Lunatic asylums Madras 1892-1911 - 1892-1911
Year: 1892
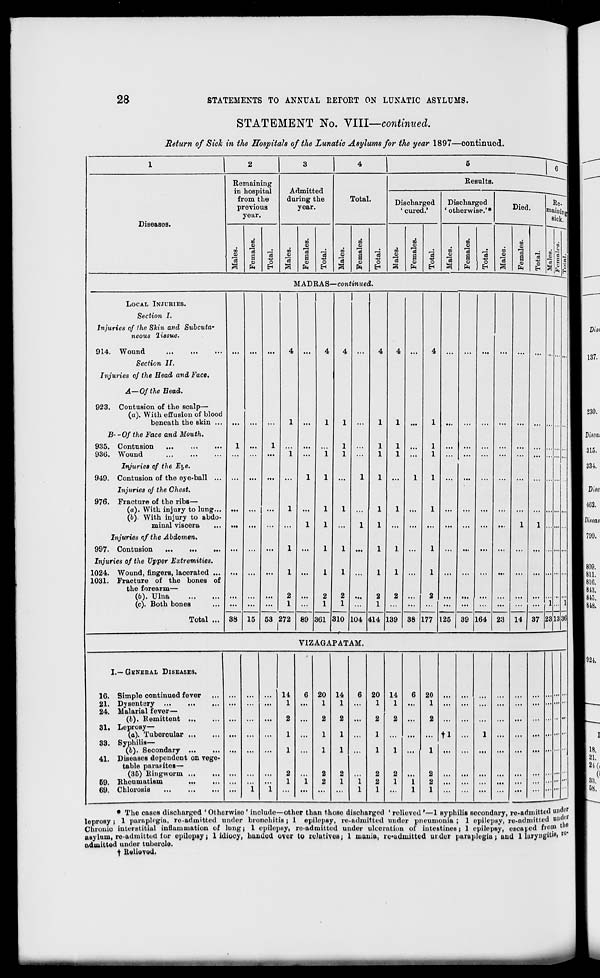
28
STATEMENTS TO ANNUAL IiErOItT ON LUNATIC ASYLUMS.
STATEMENT No. VIII—continued.
Return of Sick in the Hospitals of the Lunatic Asylums for the year 1897—continued.
Diseases.
Remaining
in hospital
from the
previous
year.
m
Oi
13
00
S
fa
o
EH
4
Admitted
during the
year.
DO
01
00
HI
"3
a
fa
o
EH
Total.
CO
01
3
CQ
13
a o
fa
o
EH
Kcsults.
Discharged
' cured.'
CO
0>
CO
o>
d
a
0)
O
fa
H
Discharged
'otherwise.'*
00
o>
13
oo
01
13
a
01
fa
o
EH
MADRAS—continued.
LOCAL INJURIES.
Section I.
Injuries of the Skin and Subcuta-
neous 'liasue.
914. Wound
Section II.
Injuries of the Head and Face.
A—Of the Bead.
923. Contusion of the scalp—
(a). With effusion of blood
beneath the skin ...
B--0f the Face and Mouth.
935. Contusion
...
...
...
936. Wound
Injuries of the Eye.
949. Contusion of the eye-ball ...
Injuries of the Chest.
976. Fracture of the ribs—
(a). With injury to lung...
(6). With injury to abdo-
minal viscera
Injuries of the Abdomen.
997. Contusion
Injuries of the Upper Extremities.
1024. Wound, fingers, lacerated ...
1031. Fracture of the bones of
the forearm—
(6). Ulna
(c). Both bones
Total ... 38 15
4
53 272 89 3G 310 104 414 139 38
1
1
2
177 125 39 164
1
23
14 37 23 13
V1ZAGAPATAM.
I.—GENERAL DISEASES.
16. Simple continued fever
21. Dysentery
24. Malarial fever —
(//). Remittent
31. Leprosy—
(a). Tubercular
33. Syphilis—
(b). Secondary
41. Diseases dependent on vege-
table parafitoB—
(35) Ringworm
59. lilic u niatiniii
G9. Chlorosis
14
1
2
1
1
20
1
2
1
1
14
1
2
1
1
20
1
2
1
1
14
1
20
1
tl
1 .
• The cases discharged 'Otherwiso ' include—other than thoso discharged ' relieved'—1 syphilis secondary, re-admitted und (,r
leprosy ; 1 paraplegia, ro-adui'tted under bronchitis ; 1 epilepsy, re-admitted under pneumonia ; 1 epilepsy, re-admitted uu<W
Chronic interstitial inflammation of lung; 1 epilepsy, ro-admitted uuder uleerntion of intestines; 1 epilepsy, escaped from" 1 *
asylum, re-admitted for epilepsy; 1 idiocy, handed over to relatives j 1 mania, re-admitted ur.dor paraplegia; and 1 iuryngrt' B » r0 '
admitted under tubercle.
y Relieved.